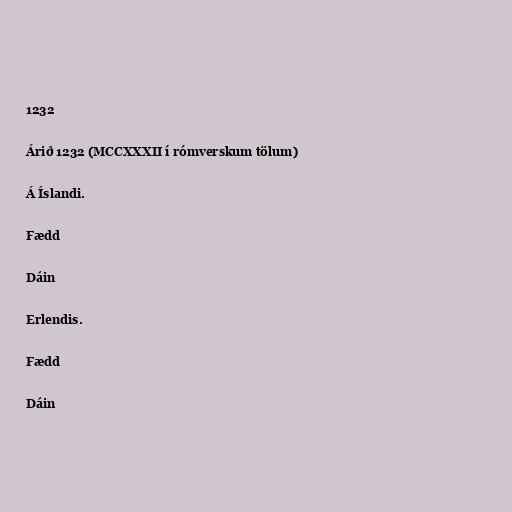
1232

Árið 1232 (MCCXXXII í rómverskum tölum)

Á Íslandi.

Fædd

Dáin

Erlendis.

Fædd

Dáin